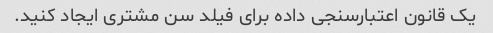
یک قانون اعتبارسنجی داده برای فیلد سن مشتری ایجاد کنید.